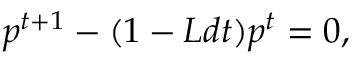
p ^ { t + 1 } - ( 1 - L d t ) p ^ { t } = 0 ,